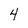
Character: 4